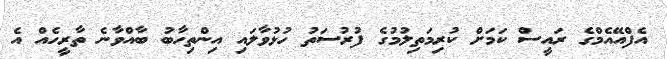
އެފްއޭއެމްގެ ރައީސް ކަމަށް ކުރިމަތިލުމުގެ ފުރުސަތު ހުޅުވާލައި އިންތިހާބު ބާއްވާނެ ތާރީހެއް އެ